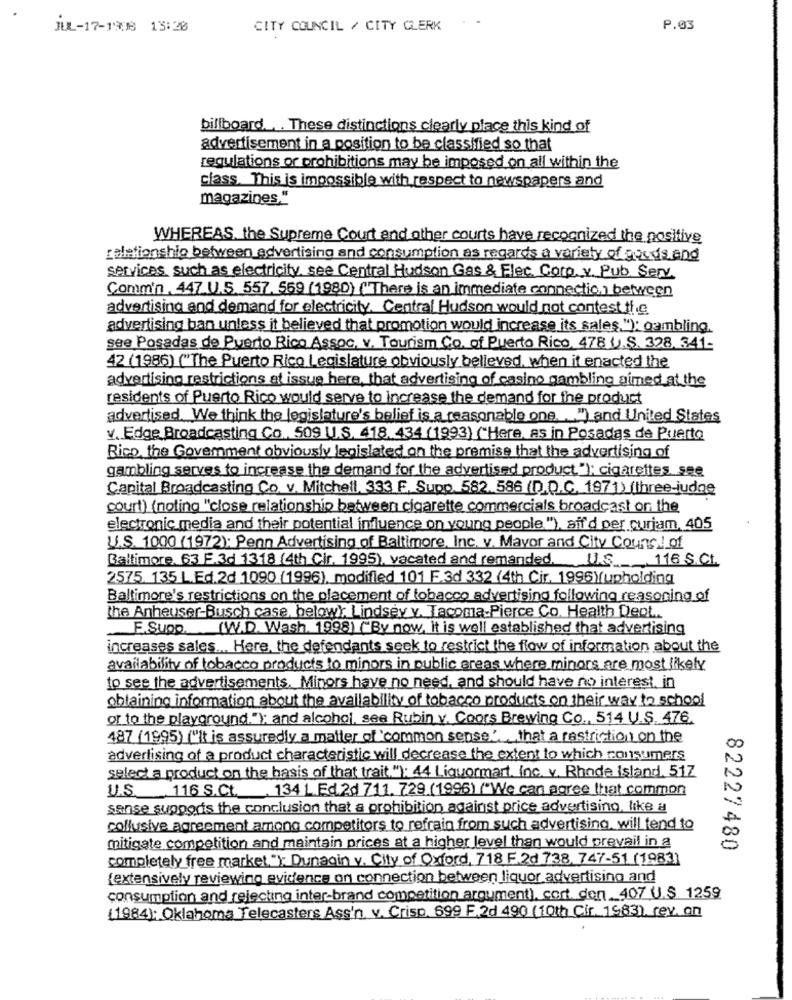
JUL-17-1908 13:20
CITY COUNCIL / CITY CLERK
P.03
billboard ... These distinctions clearly place this kind of
advertisement in a position to be classified so that
regulations or prohibitions may be imposed on all within the
class. This is impossible with respect to newspapers and
magazines,"
WHEREAS. the Supreme Court and other courts have recognized the positive
relationship between advertising and consumption as regards a variety of goods and
services such as electricity. see Central Hudson Gas & Flec. Corp. v. Pub. Serv.
Commin . 447.U.S. 557. 569 (1980) ("There is an immediate connection) between
advertising and demand for electricity. Central Hudson would not contest the
advertising ban unless it believed that promotion would increase its sales. "); gambling.
see Posadas de Puerto Rico Assoc. v. Tourism Co. of Puerto Rico, 478 U.S. 328, 341-
42 (1986) ("The Puerto Rico Legislature obviously believed. when it enacted the
advertising restrictions at issue here, that advertising of casino gambling aimed at the
residents of Puerto Rico would serve to increase the demand for the product
advertised. We think the legislature's belief is a reasonable one ") and United States
v. Edge Broadcasting Co ., 509 U.S. 418. 434 (1993) ("Here, as in Posadas de Puerto
Rico, the Goverment obviously legislated on the premise that the advertising of
gambling serves to increase the demand for the advertised product."); cigarettes see
Capital Broadcasting Co. v. Mitchell, 333 F, Supp. 582. 586 (D.D.C. 1971) (three-judge
count) (noting "close relationship between cigarette commercials broadcast on the
electronic media and their potential influence on young people."), aff'd per curjam, 405
U.S. 1000 (1972): Penn Advertising of Baltimore, Inc. v. Mayor and City Council of
Baltimore. 63 F.3d 1318 (4th Cir. 1995), vacated and remanded. U.S. 116 S.C.
2575. 135 L.Ed.2d 1090 (1996), modified 101 F.3d 332 (4th Cir. 1996Yupholding
Baltimore's restrictions on the placement of tobacco advertising following reasoning of
the Anheuser-Busch case, below! Lindsey v. Tacoma-Pierce Co. Health Dept ...
F.Supp (W.D. Wash. 1998) ("By now, it is well established that advertising
increases sales ... Here, the defendants seek to restrict the flow of information about the
availability of tobacco products to minors in public areas where minors are most likely
to see the advertisements. Minors have no need, and should have no interest, in
obtaining information about the availability of tobacco products on their way to school
or to the playground."); and alcohol, sea Rubin v. Coors Brewing Co ., 514 U.S. 476.
487 (1995) ("It is assuredly a matter of 'common sense' that a restriction on the
advertising of a product characteristic will decrease the extent to which consumers
select a product on the basis of that trait."): 44 Liquormart. Inc. v. Rhode island. 517
U.S. 116 S.Ct. 134 1.Ed.2d 711. 729 (1996) ("We can agree that common
sense supports the conclusion that a prohibition against price advertising, like a
collusive agreement among competitors to refrain from such advertising, will tend 10
mitigate competition and maintain prices at a higher level than would prevail in a
82227480
completely free market. "). Dunagin v. City of Oxford, 718 F.2d 738, 747-51 (1983)
{extensively reviewing evidence on connection between liquor advertising and
consumption and rejecting inter-brand competition argument), cost.den_407 U.S. 1259
(1984): Oklahoma Telecasters Ass'n. v. Crisp. 699 F.2d 490 (10th Cir. 1983), rev. on